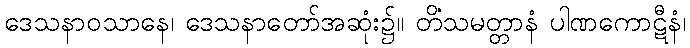
ဒေသနာဝသာနေ၊ ဒေသနာတော်အဆုံး၌။ တိံသမတ္တာနံ ပါဏကောဋီနံ၊